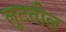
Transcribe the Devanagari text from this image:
लुटतील